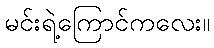
မင်းရဲ့ကြောင်ကလေး။